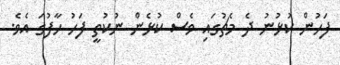
ފަހުން ކުޅުނު ދެ މެޗުގައި ވެސް ކުޅެން ނުކުތީ ފަހު ހާފުގަ އެވެ.